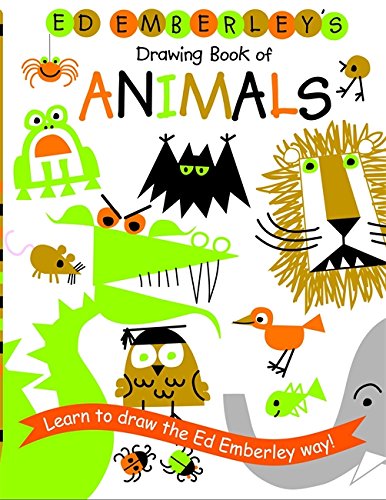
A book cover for Ed Emberley's Drawing Book of Animals; Ed Emberley; Children's Books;